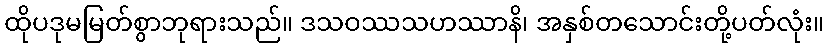
ထိုပဒုမမြတ်စွာဘုရားသည်။ ဒသဝဿသဟဿာနိ၊ အနှစ်တသောင်းတို့ပတ်လုံး။